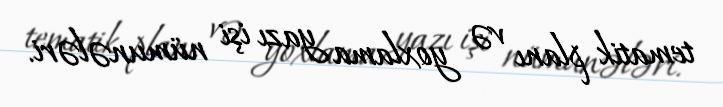
tematik planı və yoxlama yazı işi nümunələri.